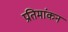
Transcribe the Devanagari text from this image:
प्रतिमांकन